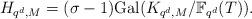
LaTeX: \begin{align*}H_{q^d,M}=(\sigma-1)\mathrm{Gal}(K_{q^d,M}/\mathbb{F}_{q^d}(T)). \end{align*}